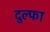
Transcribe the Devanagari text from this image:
दुल्‍फा